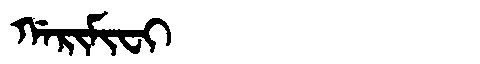
Manchu: ᡤᠠᡵᡳᠮᡳᠸᡳ
Romanization: GARIMIFI